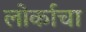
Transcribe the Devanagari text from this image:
लोर्काचा